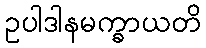
ဥပါဒါနမက္ခာယတိ